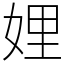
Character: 娌